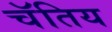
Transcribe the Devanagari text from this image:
चॅतिय